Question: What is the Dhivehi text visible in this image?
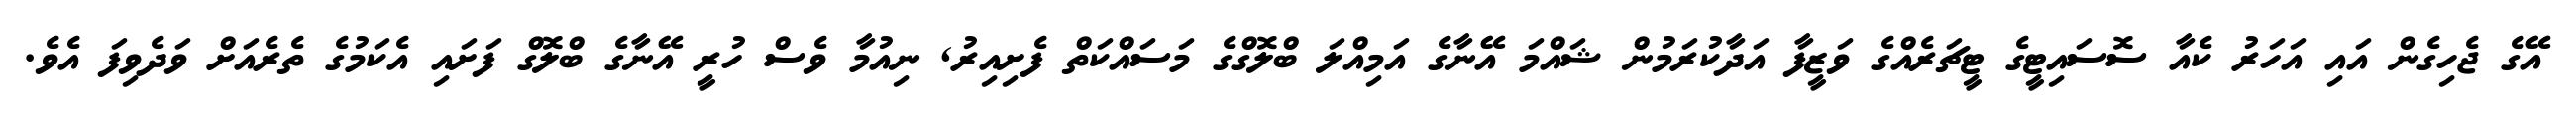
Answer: އޭގެ ޖެހިގެން އައި އަހަރު ކެއާ ސޮސައިޓީގެ ޓީޗަރެއްގެ ވަޒީފާ އަދާކުރަމުން ޝައްމަ އޭނާގެ އަމިއްލަ ބްލޮގްގެ މަސައްކަތް ފެށިއިރު, ނިއުމާ ވެސް ހުރީ އޭނާގެ ބްލޮގް ފަށައި އެކަމުގެ ތެރެއަށް ވަދެވިފަ އެވެ.